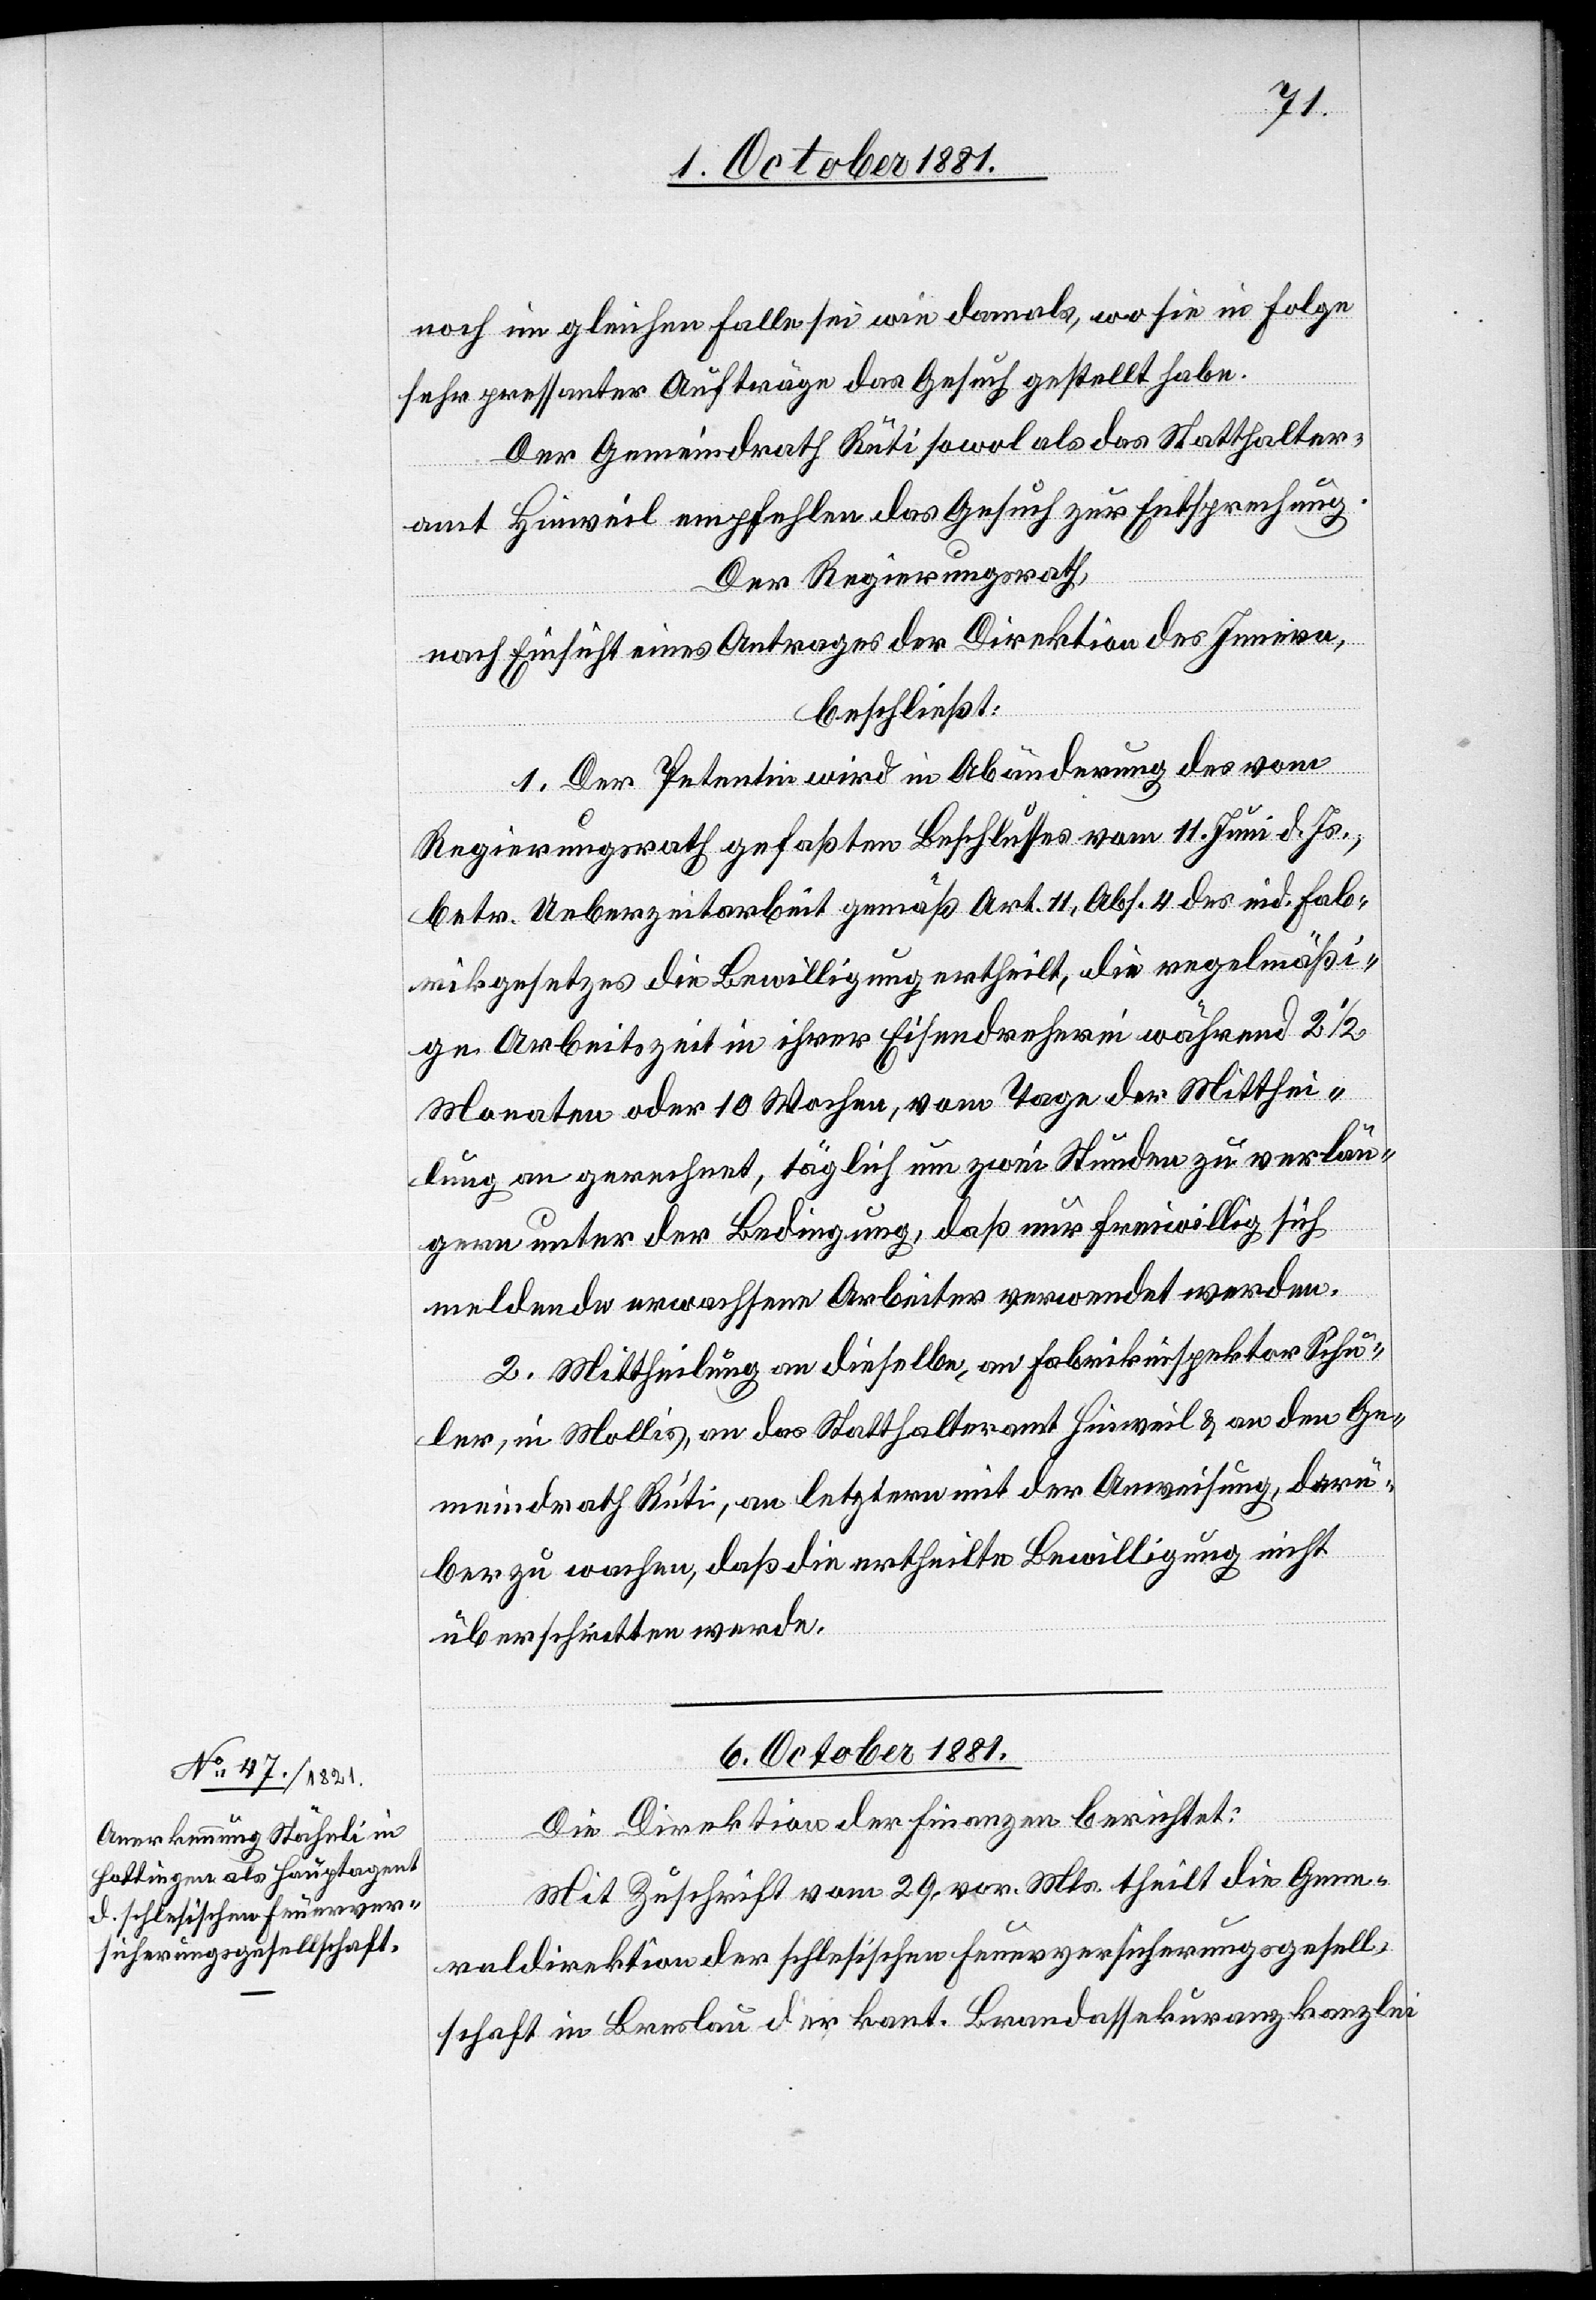
noch im gleichen Falle sei wie damals, wo sie in Folge
schaft
sehr pressanter Aufträge das Gesuch gestellt habe.
Der Gemeindrath Rüti sowol als das Statthalter¬
amt Hinweil empfehlen das Gesuch zur Entsprechung.
Der Regierungsrath,
nach Einsicht eines Antrages der Direktion des Innern,
beschließt:
1. Der Petentin wird in Abänderung des vom
Regierungsrath gefaßten Beschlusses vom 11. Juni d. Js.,
betr. Ueberzeitarbeit gemäß Art. 11, Abs. 4 des eid. Fab¬
rikgesetzes die Bewilligung ertheilt, die regelmäßi¬
ge Arbeitszeit in ihrer Eisendreherei während 2 1/2
Monaten oder 10 Wochen, vom Tage der Mitthei¬
lung an gerechnet, täglich um zwei Stunden zu verlän¬
gern unter der Bedingung, daß nur freiwillig sich
meldende erwachsene Arbeiter verwendet werden.
2. Mittheilung an dieselbe, an Fabrikinspektor Schu¬
ler, in Mollis, an das Statthalteramt Hinweil & an den Ge¬
meindrath Rüti, an letztern mit der Anweisung, darü¬
ber zu wachen, daß die ertheilte Bewilligung nicht
überschritten werde.
6. October 1881.
Die Direktion der Finanzen berichtet:
Mit Zuschrift vom 29. vor. Mts. theilt die Gene¬
raldirektion der schlesischen Feuerversicherungsgesell¬
[sic!] in Breslau der kant. Brandassekuranzkanzlei